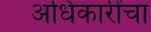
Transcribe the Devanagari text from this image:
अधिकारींचा